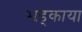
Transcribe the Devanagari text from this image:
भड़्काया